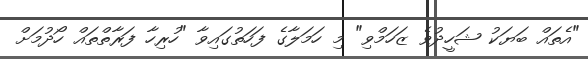
"އެތައް ބަޔަކު ޝަހީދުވެ ޒަހަމްވި" މި ހަމަލާގެ ފަހަތުގައިވާ "ހުރިހާ ފަރާތްތައް ހޯދުމަށް